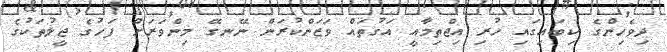
ދިވެހިންގެ ކިބައިގައި ހުރި އިޖްތިމާއީ އަގުތައް ވަޒަންކުރަން ނޭނގޭ މިންވަރަށް ފަހުގެ ޖީލުތަކުގެ